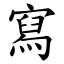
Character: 寫